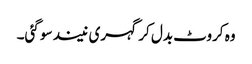
وہ کروٹ بدل کر گہری نیند سو گئی۔